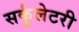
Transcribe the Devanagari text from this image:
सर्कुलेटरी